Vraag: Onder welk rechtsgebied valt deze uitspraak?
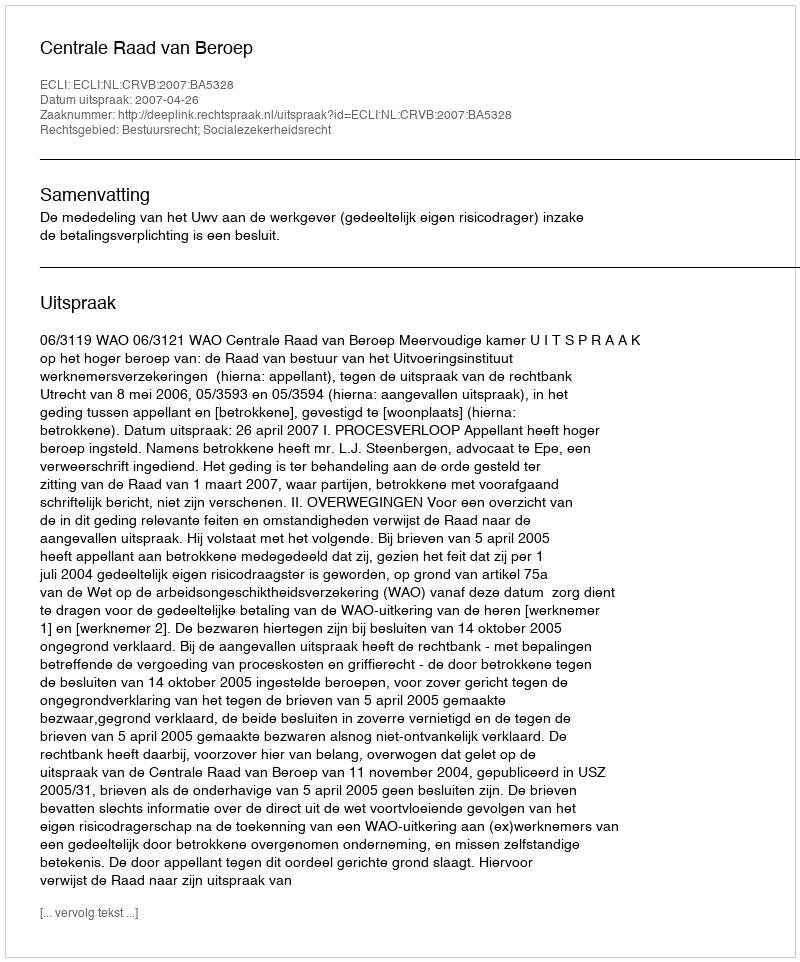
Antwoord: Bestuursrecht; Socialezekerheidsrecht